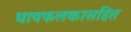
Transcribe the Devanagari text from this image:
धावफलकासहित